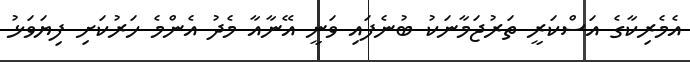
އެމެރިކާގެ އަސްކަރީ ތަރުޖަމާނަކު ބުނެފައި ވަނީ އޭނާއާ މެދު އެންމެ ހަރުކަށި ފިޔަވަޅު